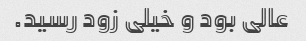
عالی بود و خیلی زود رسید.